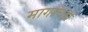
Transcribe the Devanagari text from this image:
मार्गांचेही